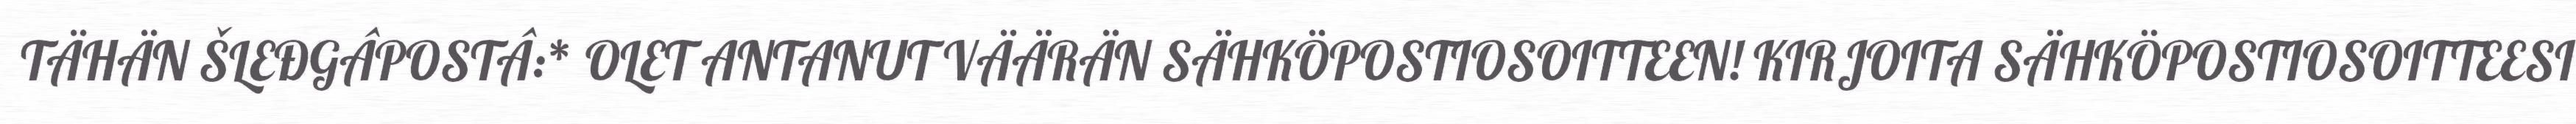
TÄHÄN ŠLEĐGÂPOSTÂ:* OLET ANTANUT VÄÄRÄN SÄHKÖPOSTIOSOITTEEN! KIRJOITA SÄHKÖPOSTIOSOITTEESI